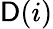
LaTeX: \mathsf{D}(i)